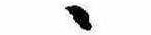
ゝ